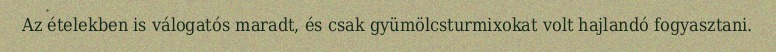
Az ételekben is válogatós maradt, és csak gyümölcsturmixokat volt hajlandó fogyasztani.